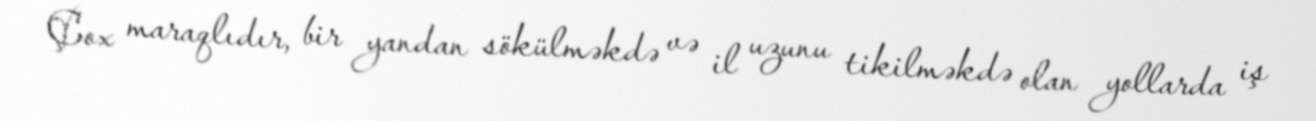
Çox maraqlıdır, bir yandan sökülməkdə və il uzunu tikilməkdə olan yollarda iş